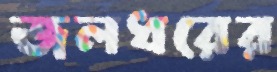
জলধরের